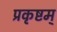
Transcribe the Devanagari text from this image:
प्रकृष्टम्